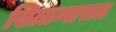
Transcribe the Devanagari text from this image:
सित्तन्वासल